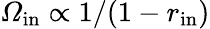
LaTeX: {\mathit\Omega}_{\mathrm{in}}\propto 1/(1-r_{\mathrm{in}})